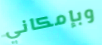
وبإمكاني